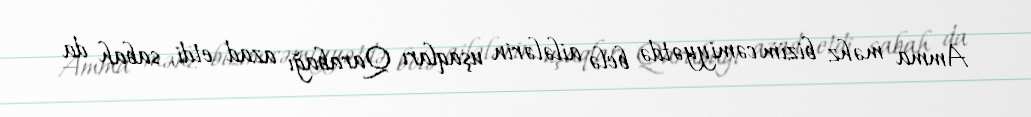
Amma məhz bizim cəmiyyətdə belə ailələrin uşaqları Qarabağı azad etdi, sabah da